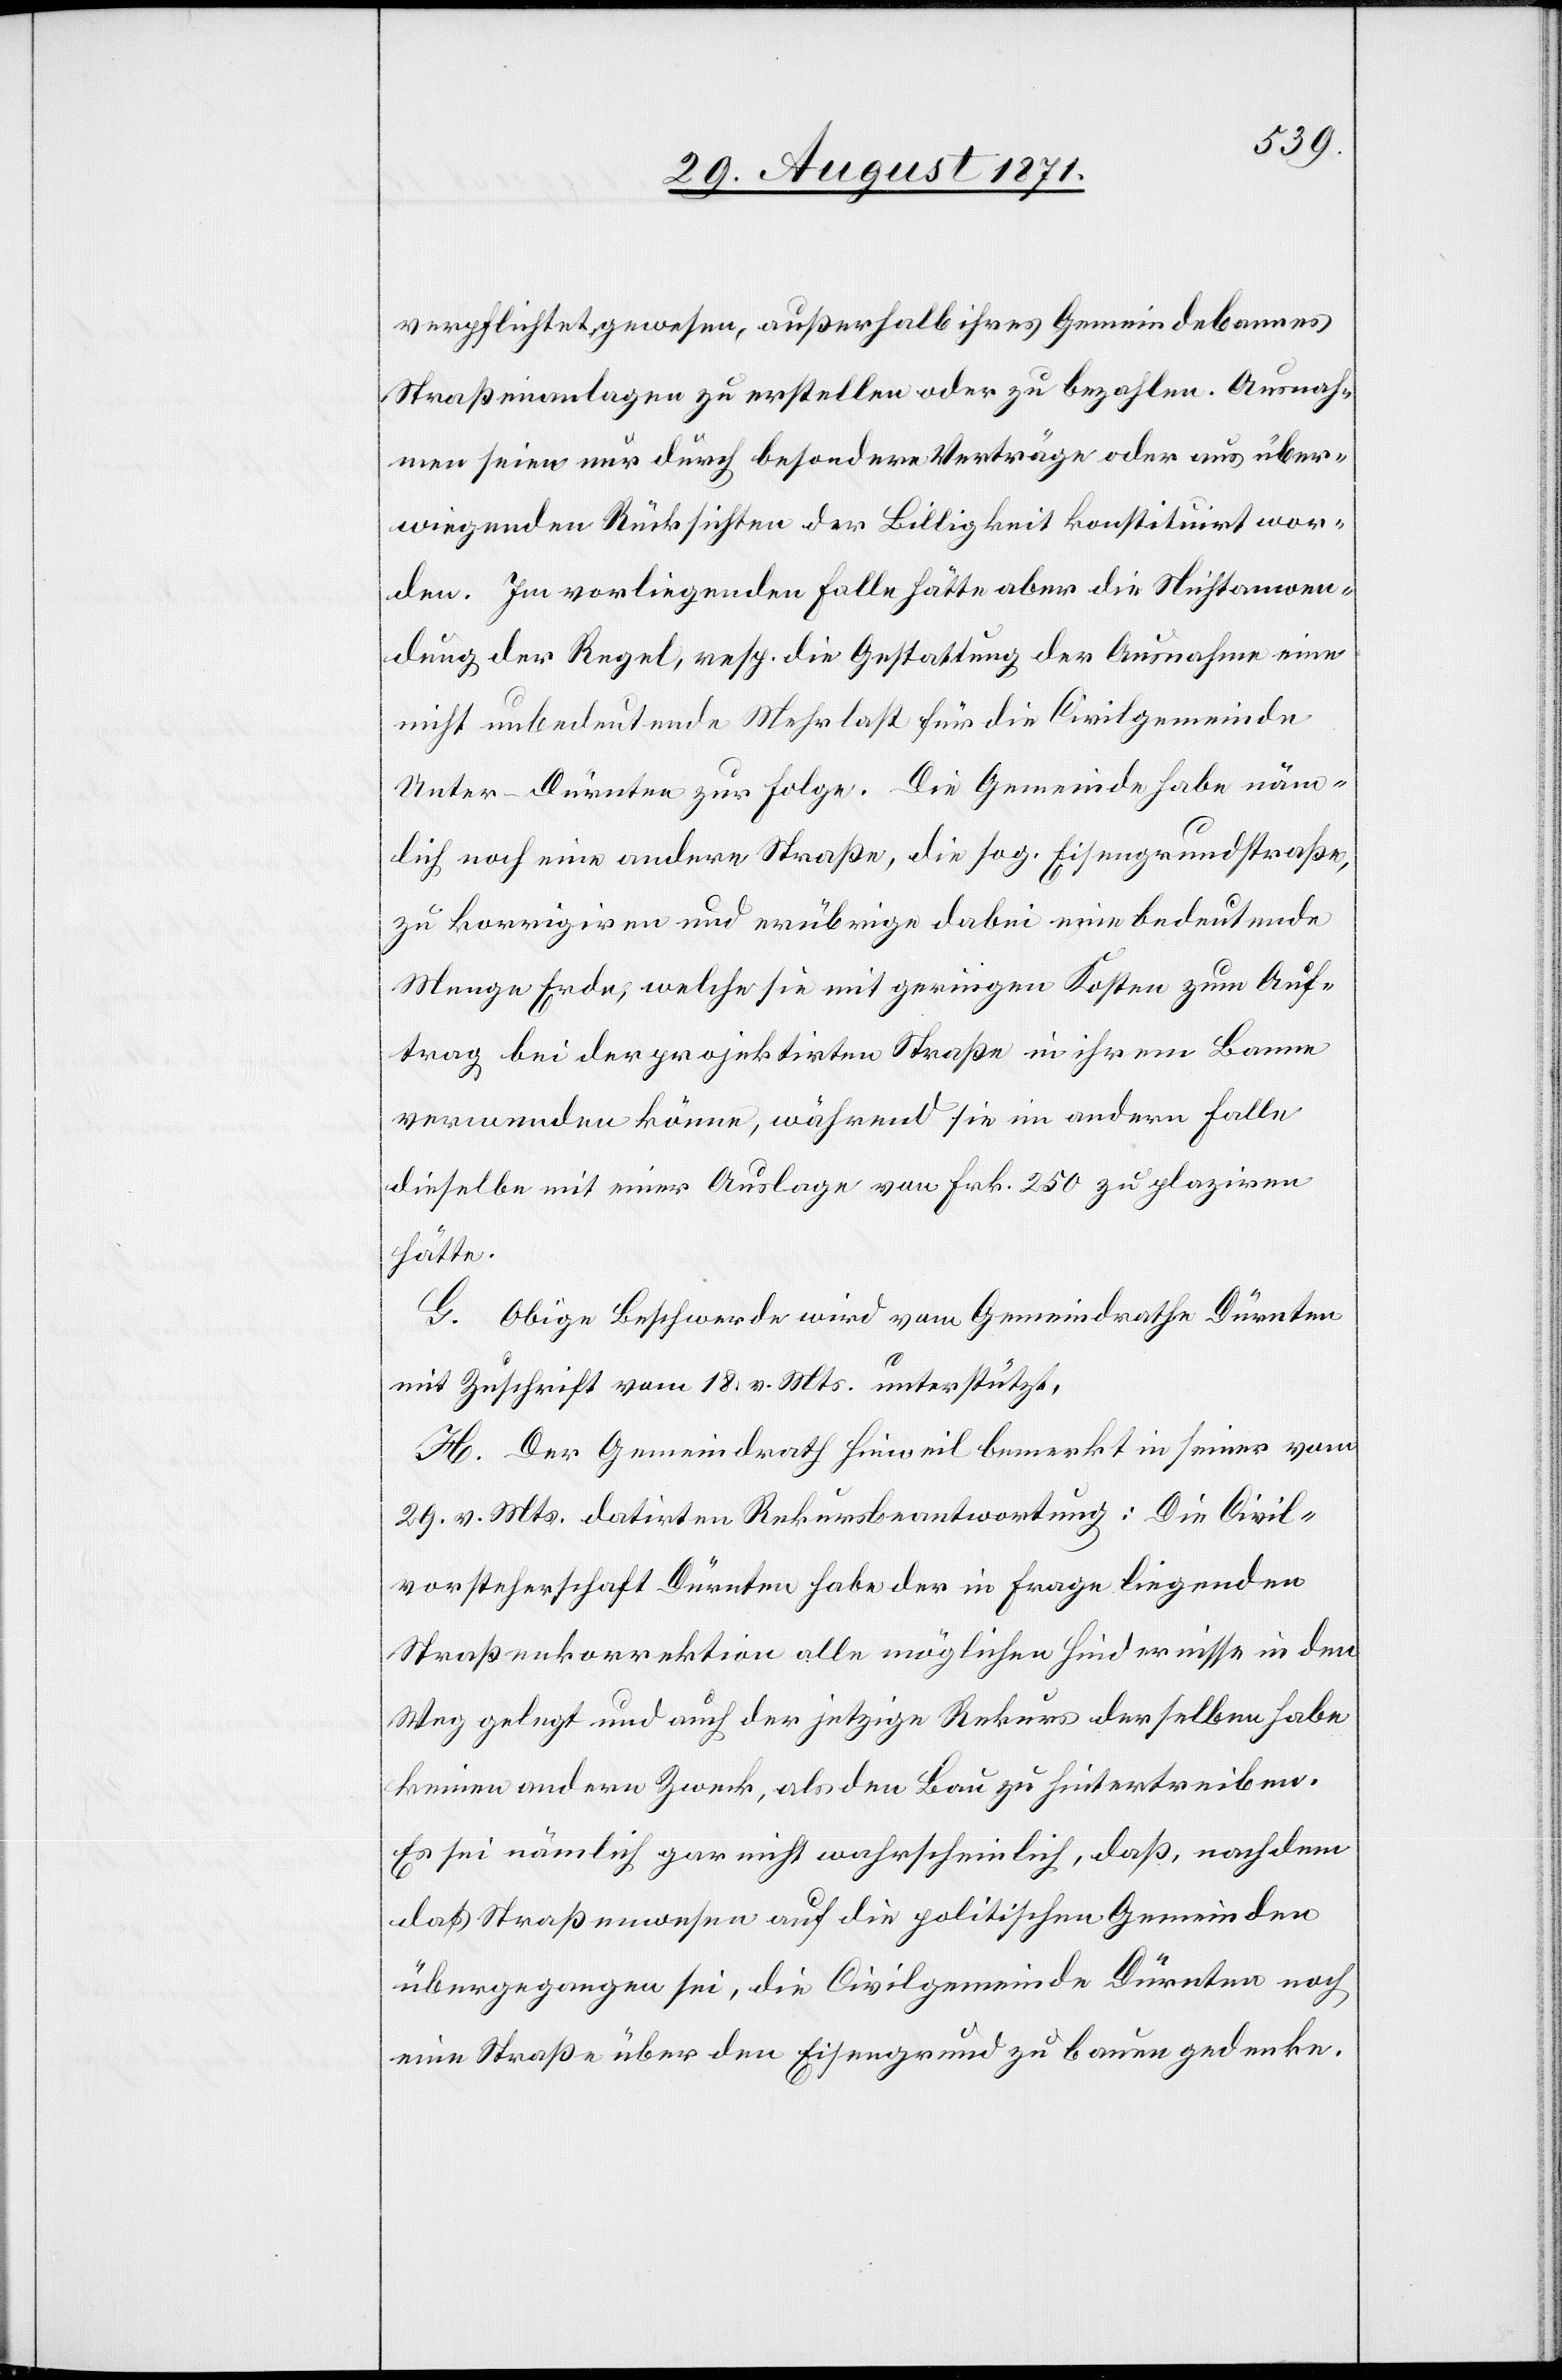
verpflichtet gewesen, außerhalb ihres Gemeindebannes
Straßenanlagen zu erstellen oder zu bezahlen. Ausnah¬
men seien nur durch besondere Verträge oder aus über¬
wiegenden Rücksichten der Billigkeit konstituirt wor¬
den. Im vorliegenden Falle hätte aber die Nichtanwen¬
dung der Regel, resp. die Gestattung der Ausnahme eine
nicht unbedeutende Mehrlast für die Civilgemeinde
Unter-Dürnten zur Folge. Die Gemeinde habe näm¬
lich noch eine andere Straße, die sog. Eisengrundstraße,
zu korrigiren und erübrige dabei eine bedeutende
Menge Erde, welche sie mit geringen Kosten zum Auf¬
trag bei der projektirten Straße in ihrem Banne
verwenden könne, während sie im andern Falle
dieselbe mit einer Auslage von Frk. 250 zu plaziren
hätte.
G. Obige Beschwerde wird vom Gemeindrathe Dürnten
mit Zuschrift vom 18. v. Mts. unterstützt.
H. Der Gemeindrath Hinweil bemerkt in seiner vom
29. v. Mts. datirten Rekursbeantwortung: Die Civil¬
vorsteherschaft Dürnten habe der in Frage liegenden
Straßenkorrektion alle möglichen Hindernisse in den
Weg gelegt und auch der jetzige Rekurs derselben habe
keinen andern Zweck, als den Bau zu hintertreiben.
Es sei nämlich gar nicht wahrscheinlich, daß, nachdem
das Straßenwesen auf die politischen Gemeinden
übergegangen sei, die Civilgemeinde Dürnten noch
eine Straße über den Eisengrund zu bauen gedenke.